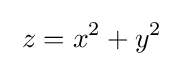
\;z=x^{2}+y^{2}\;